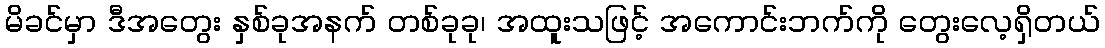
မိခင်မှာ ဒီအတွေး နှစ်ခုအနက် တစ်ခုခု၊ အထူးသဖြင့် အကောင်းဘက်ကို တွေးလေ့ရှိတယ်